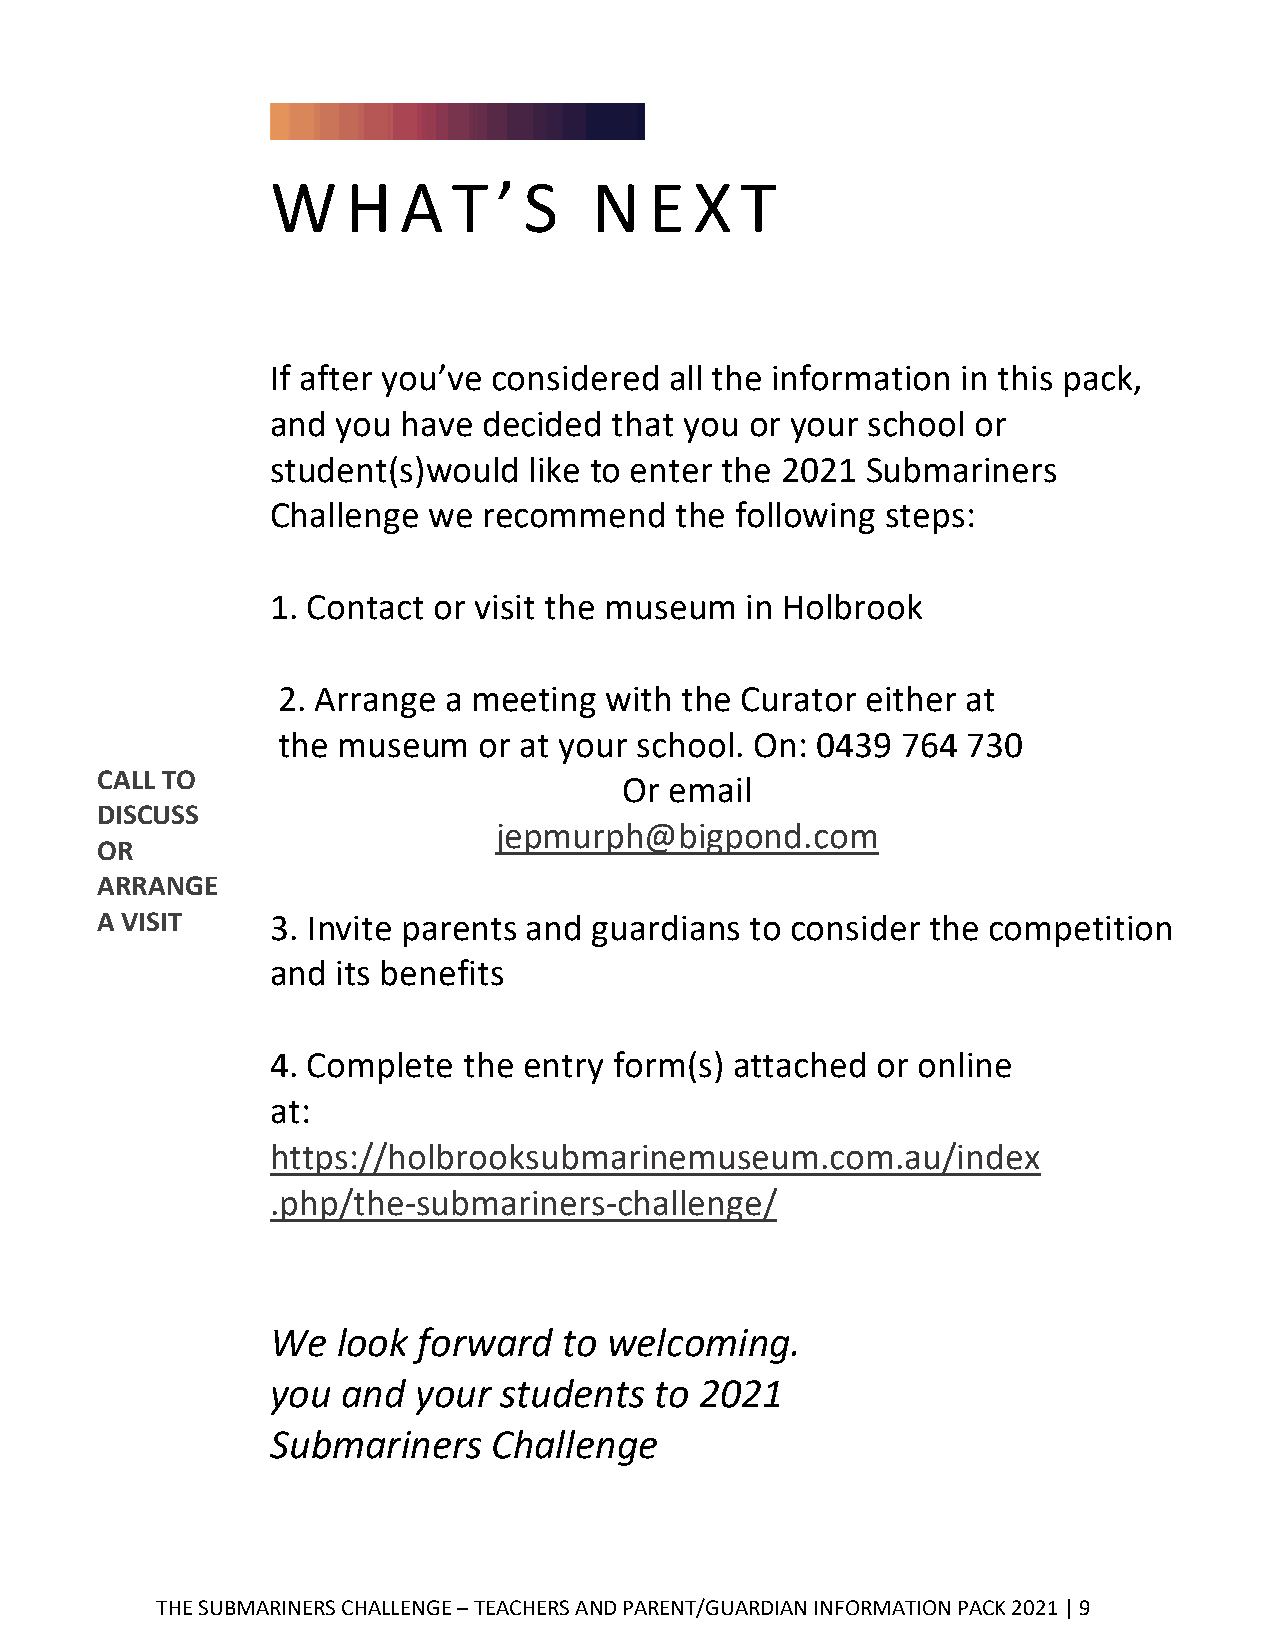
W    H  A   T  ’ S   N   E  X  T
 If after you’ve considered all the information in this pack,
 and you  have decided  that you or your school or
 student(s)would  like to enter the 2021 Submariners
 Challenge we  recommend    the following steps:
 1. Contact or visit the museum in Holbrook
 2. Arrange a meeting  with the Curator either at
 the museum    or at your school. On: 0439 764 730
 CALL TO
 Or email
 DISCUSS
 jepmurph@bigpond.com
 OR
 ARRANGE
 A VISIT     3. Invite parents and guardians to consider the competition
 and its benefits
 4. Complete  the entry form(s) attached or online
 at:
 https://holbrooksubmarinemuseum.com.au/index
 .php/the-submariners-challenge/
 We  look  forward  to welcoming.
 you  and your  students  to 2021
 Submariners    Challenge
 THE SUBMARINERS CHALLENGE – TEACHERS AND PARENT/GUARDIAN INFORMATION PACK 2021 | 9